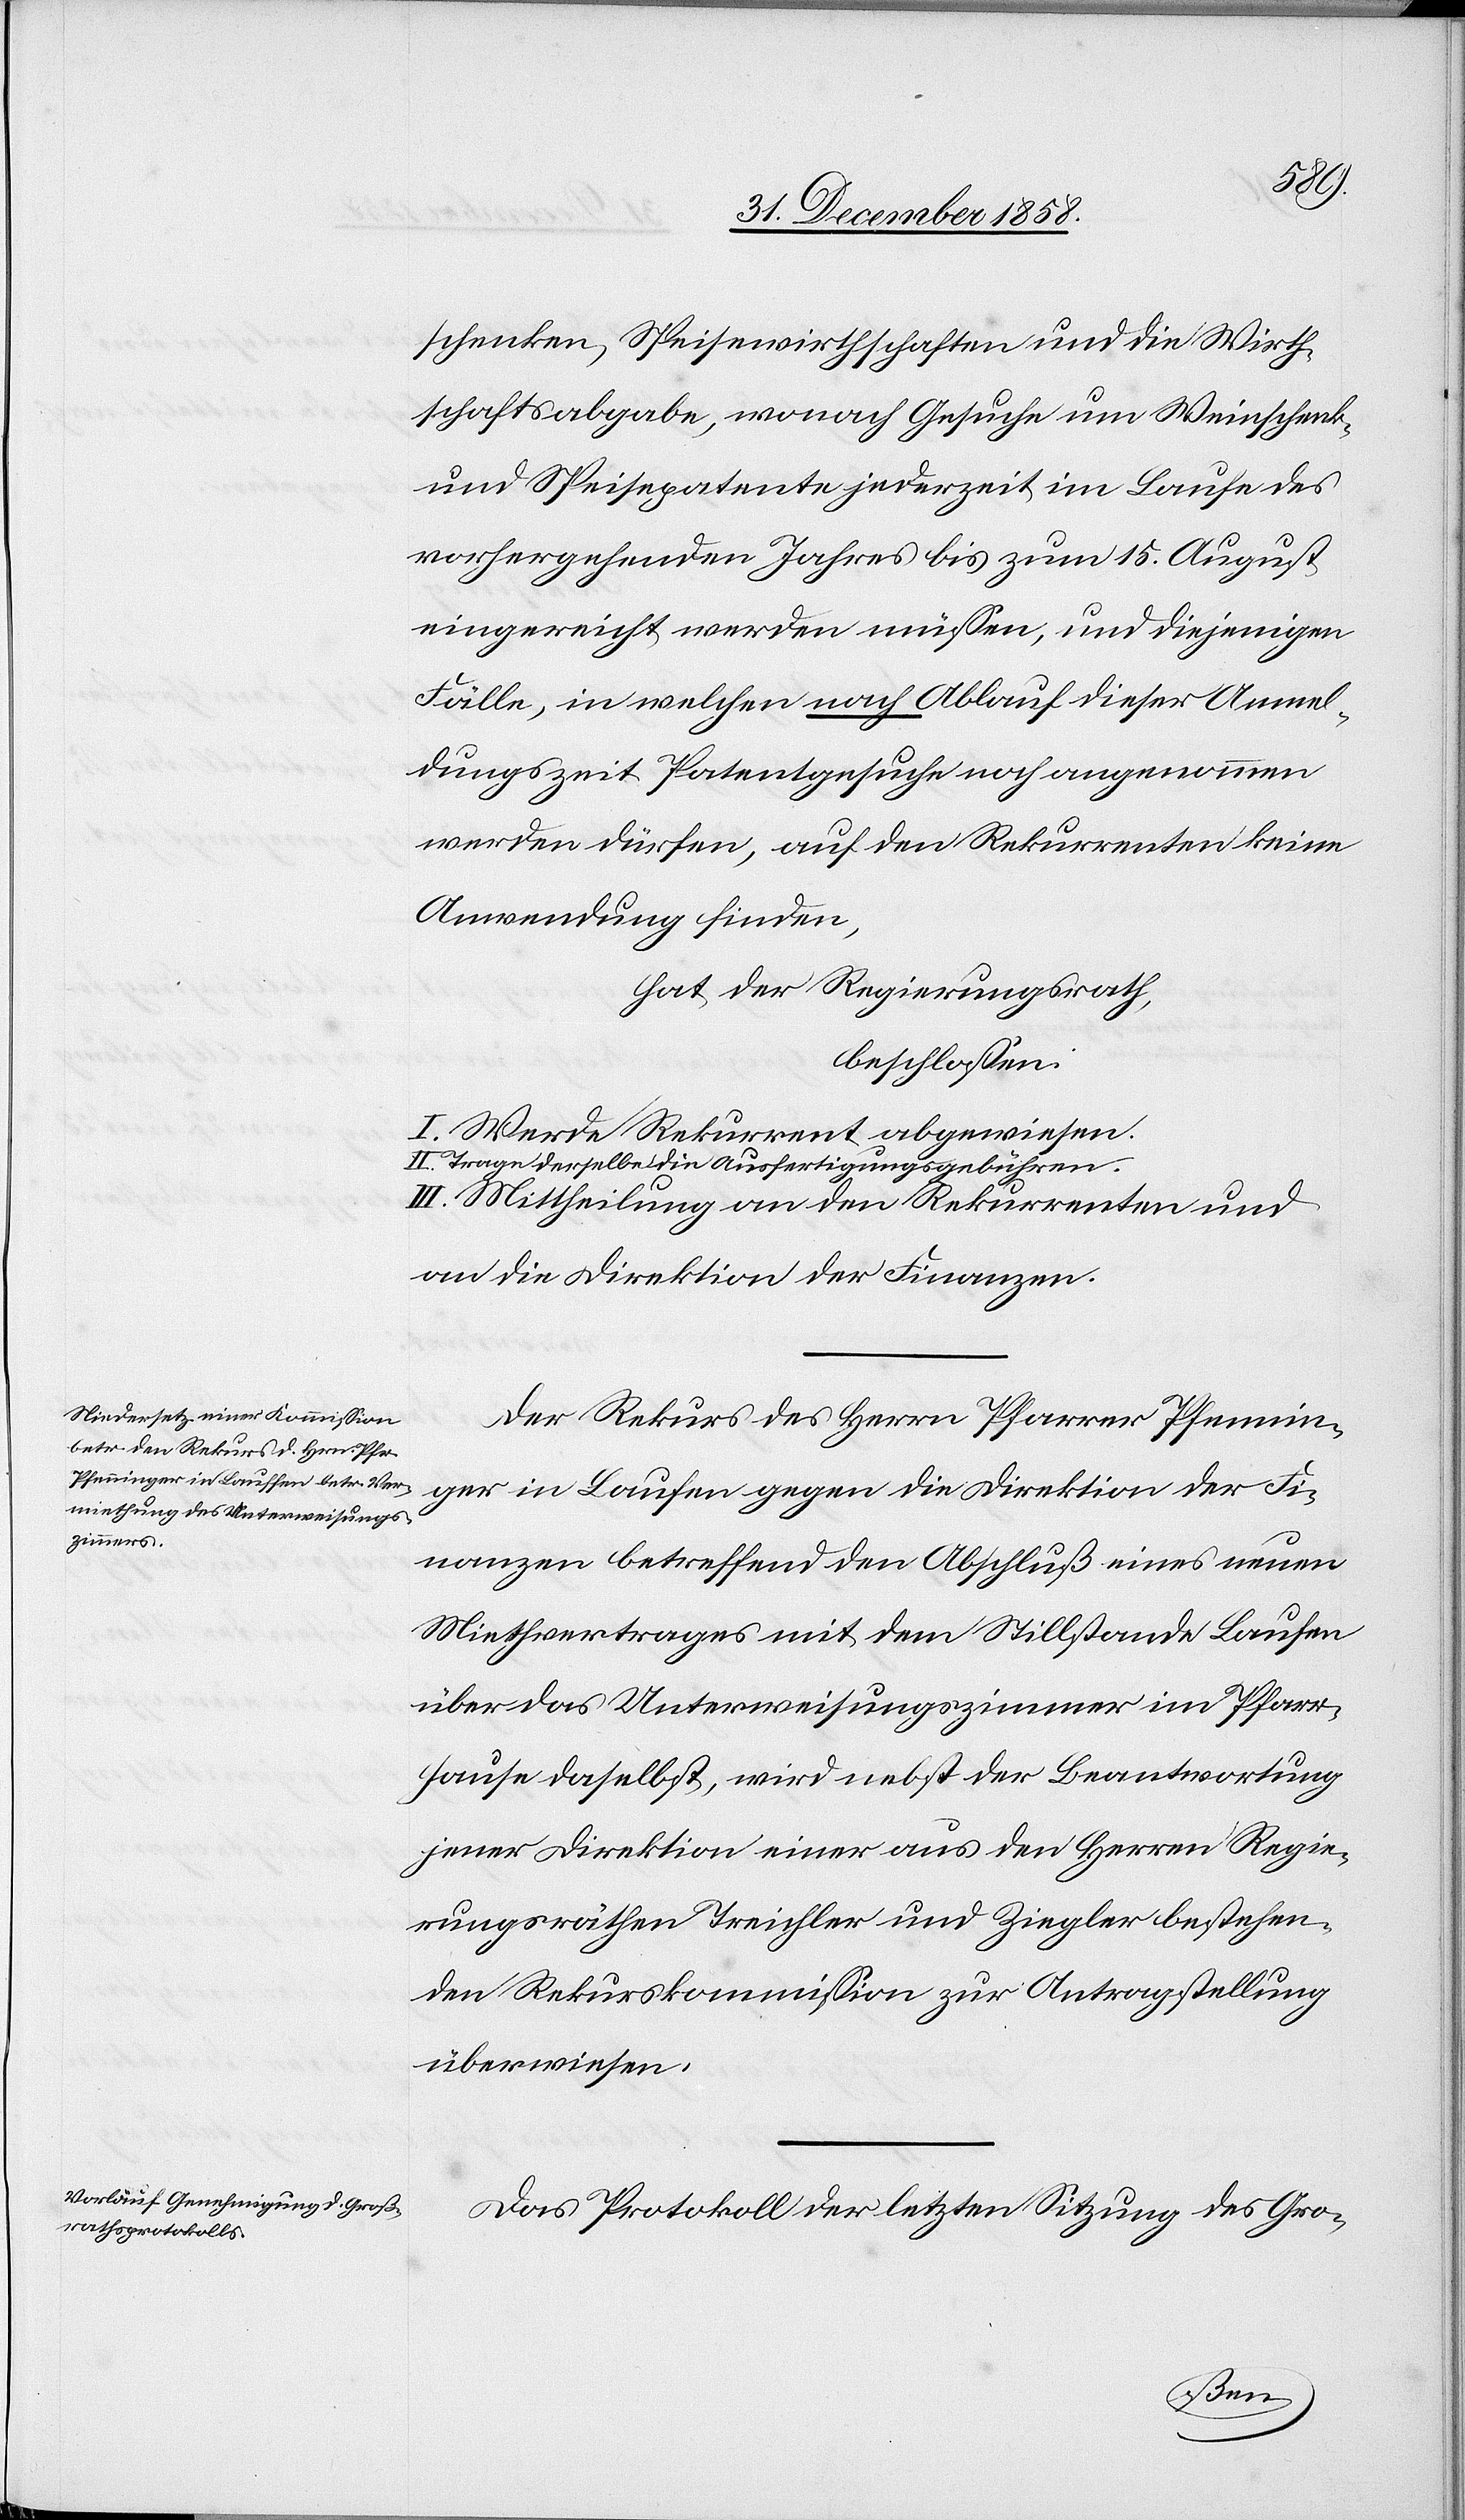
38
Gewehren,